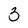
Character: 3